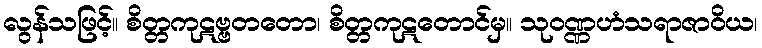
လွန်သဖြင့်။ စိတ္တကုဋဗ္ဗတတော၊ စိတ္တကုဋတောင်မှ။ သုဝဏ္ဏဟံသရာဇာဝိယ၊